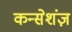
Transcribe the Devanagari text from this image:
कन्सेशंज़